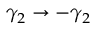
\gamma _ { 2 } \rightarrow - \gamma _ { 2 }